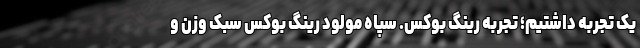
یک تجربه داشتیم؛ تجربه‌ رینگ بوکس. سپاه مولود رینگ بوکس سبک وزن و